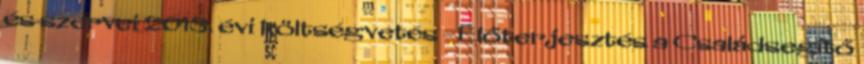
és szervei 2013. évi költségvetés - Előterjesztés a Családsegítő